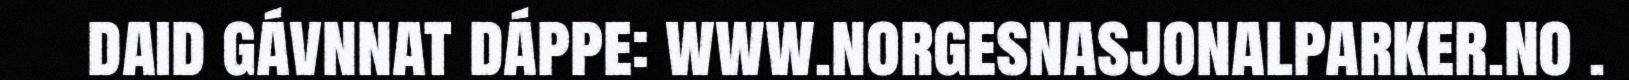
daid gávnnat dáppe: www.norgesnasjonalparker.no .